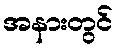
အနားတွင်